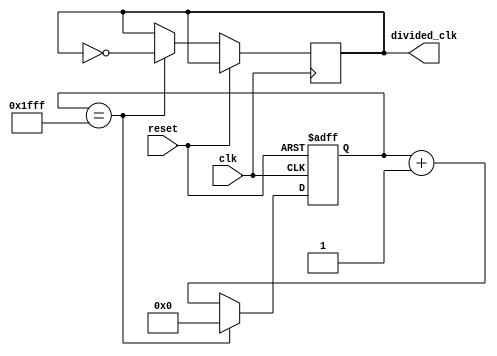
module fractional_clock_divider(
    input wire clk,
    input wire reset,
    output reg divided_clk
);

reg [31:0] count = 0;
reg [31:0] divider = 16'd8192; // Fractional division ratio

always @(posedge clk or posedge reset) begin
    if(reset) begin
        count <= 0;
    end else begin
        if(count == divider-1) begin
            count <= 0;
            divided_clk <= ~divided_clk;
        end else begin
            count <= count + 1;
        end
    end
end

endmodule